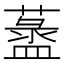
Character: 𦾞